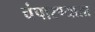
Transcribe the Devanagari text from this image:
चंपारण्याला